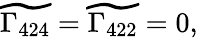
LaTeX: \widetilde{\Gamma_{424}}=\widetilde{\Gamma_{422}}=0,